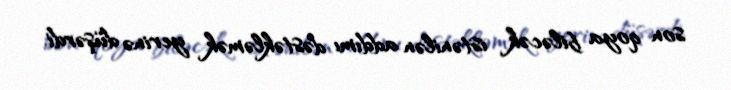
son qoya biləcək istənilən addımı dəstəkləmək yerinə düşərdi.